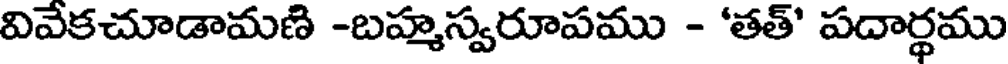
వివేకచూడామణి -బహ్మస్వరూపము - 'తత్' పదార్థము